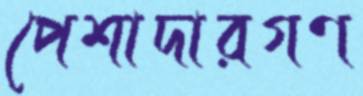
পেশাদারগণ